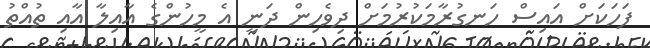
ފަހަކަށް އައިސް ހަނގުރާމަކުރުމަށް ދިވެހިން ދަނީ އެ މީހުންގެ އާއިލާ އާއި ތުއްތު